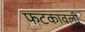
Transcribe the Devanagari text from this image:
फटकावली